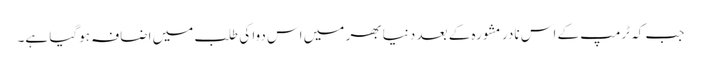
جب کہ ٹرمپ کے اس نادر مشورہ کے بعد دنیا بھر میں اس دوا کی طلب میں اضافہ ہوگیا ہے۔